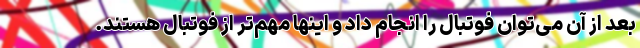
بعد از آن می‌توان فوتبال را انجام داد و اینها مهم‌تر از فوتبال هستند.